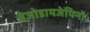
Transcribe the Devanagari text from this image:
बेजोडायजेपिनों